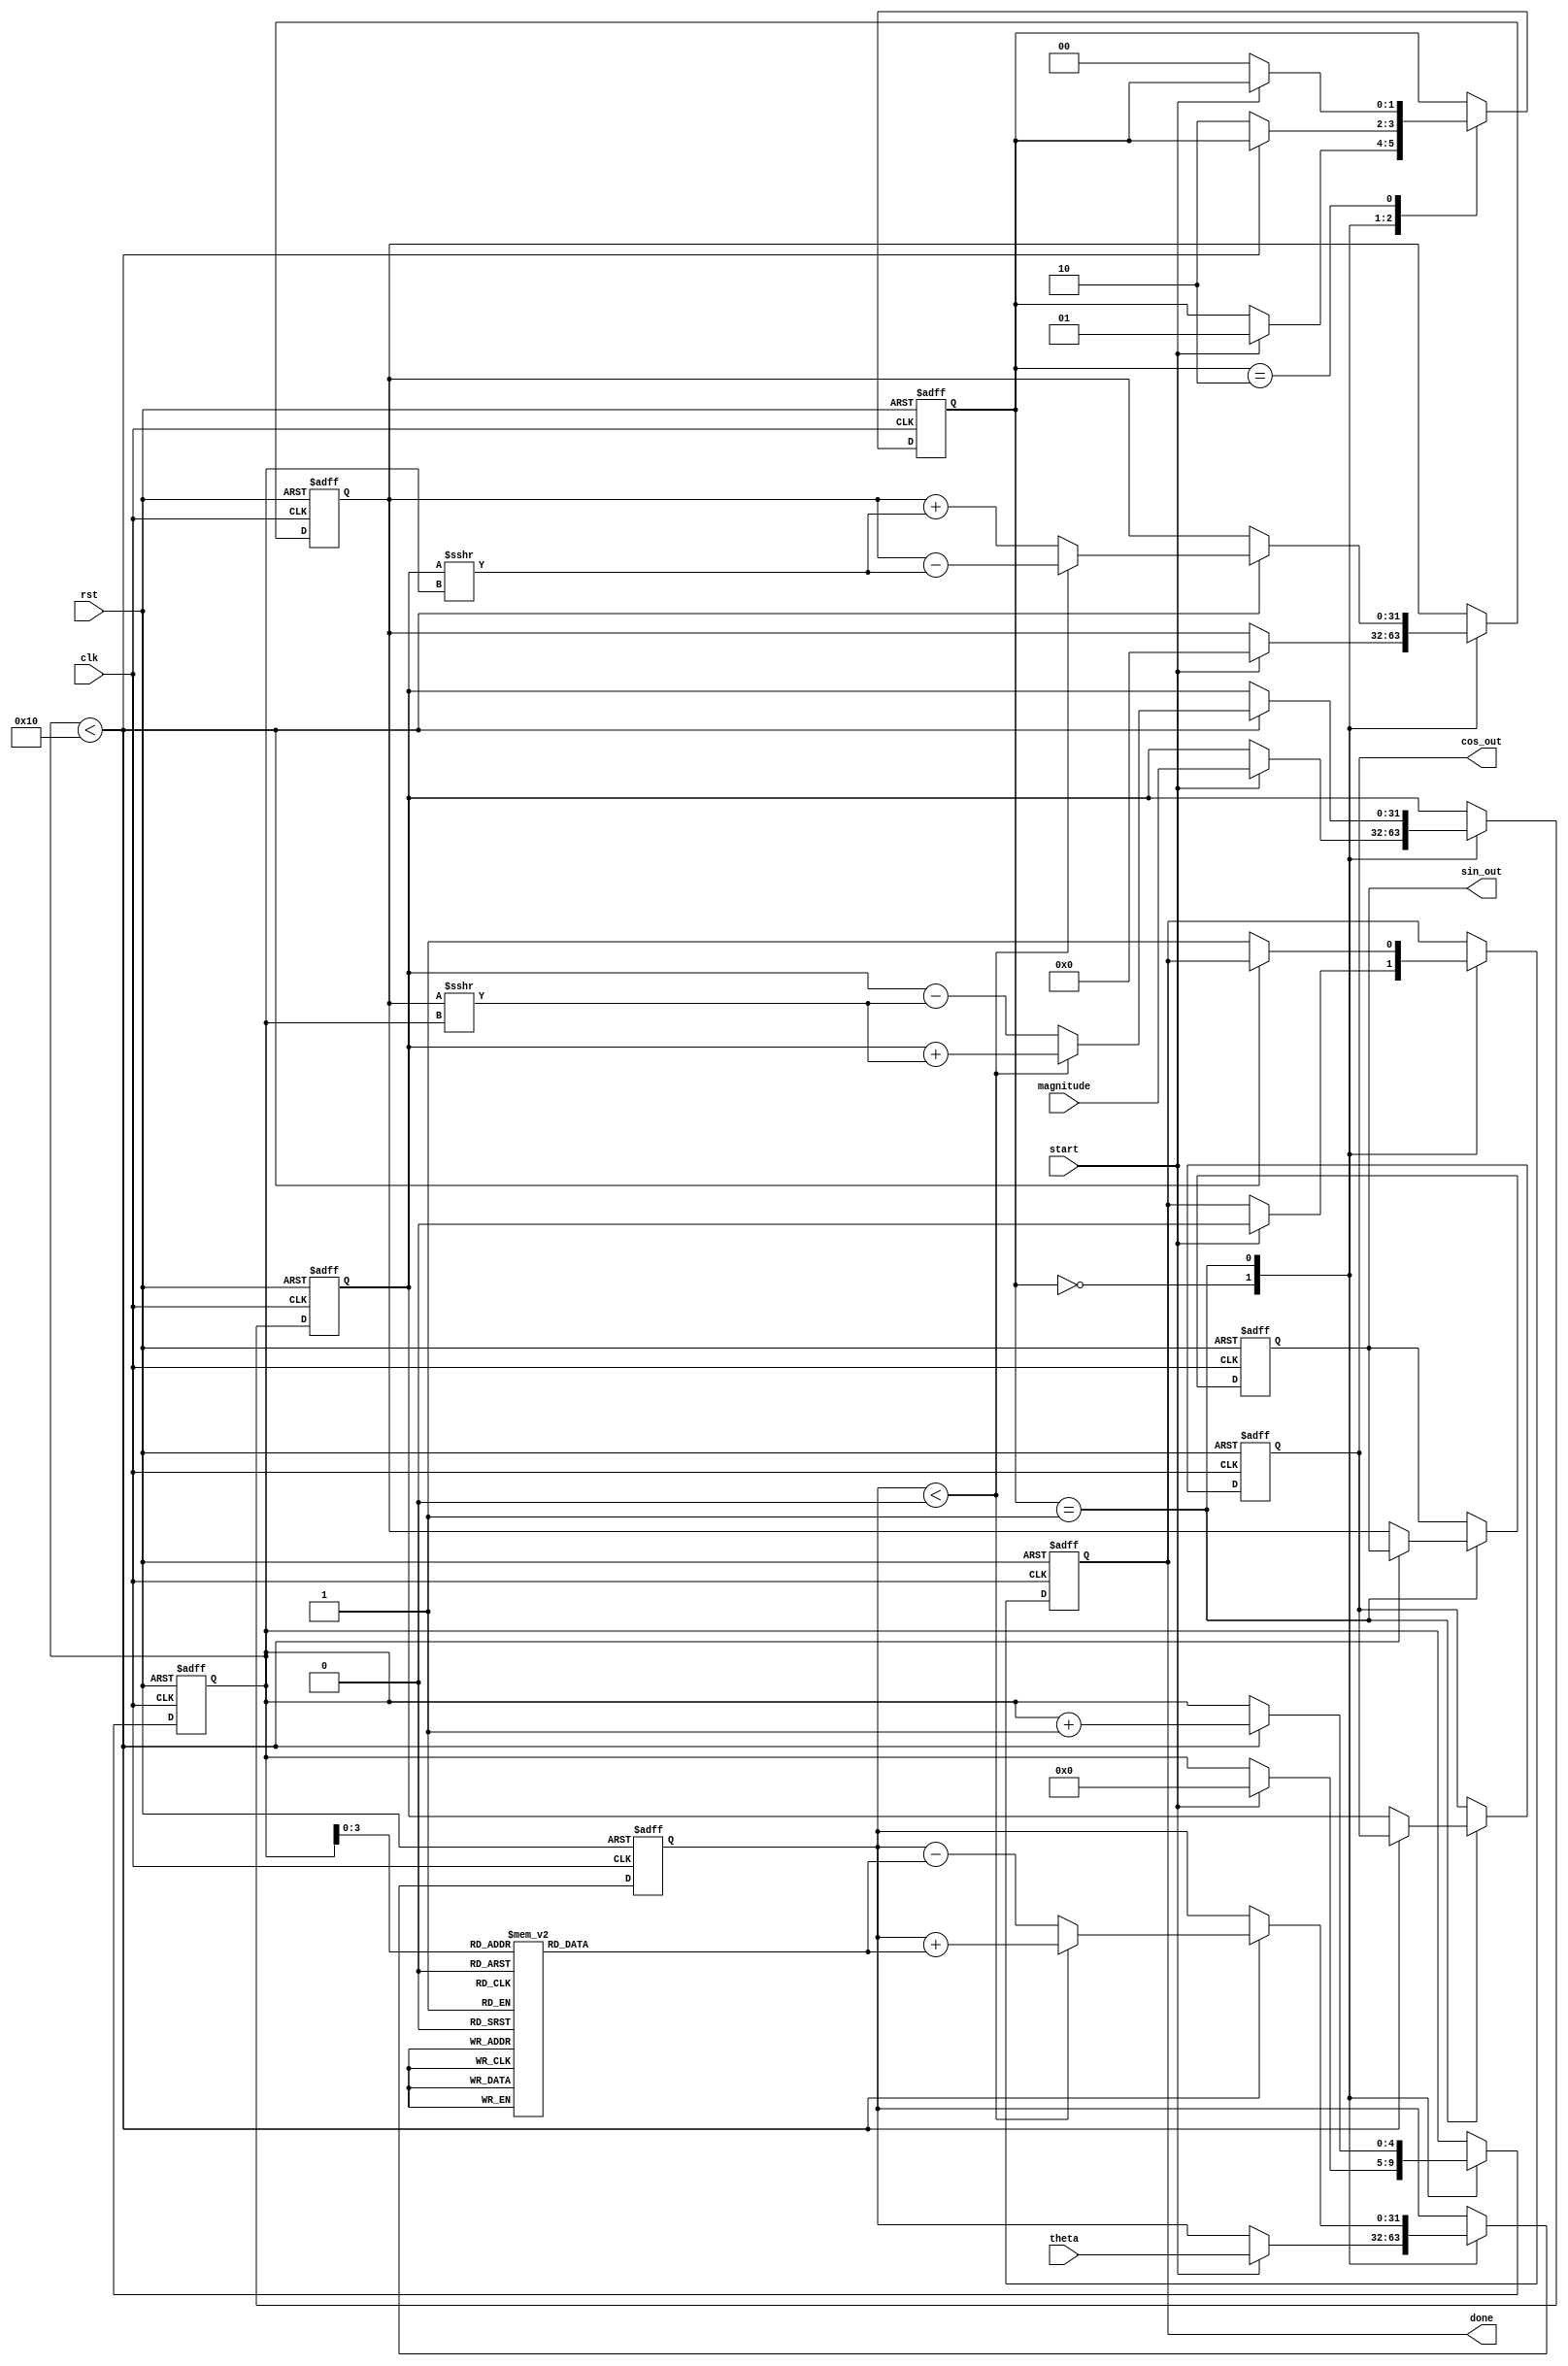
module Adaptive_CORDIC #(
    parameter DATA_WIDTH = 32,      // Width of the input/output data
    parameter ITERATIONS = 16        // Number of iterations for CORDIC
) (
    input wire clk,
    input wire rst,
    input wire [DATA_WIDTH-1:0] theta, // Input angle (in radians)
    input wire [DATA_WIDTH-1:0] magnitude, // Input magnitude
    input wire start,
    output reg [DATA_WIDTH-1:0] cos_out, // Output cosine
    output reg [DATA_WIDTH-1:0] sin_out, // Output sine
    output reg done
);

reg [DATA_WIDTH-1:0] x, y, z; // CORDIC variables
reg [4:0] iteration_count; // Current iteration count
reg [DATA_WIDTH-1:0] atan_lut [0:ITERATIONS-1]; // Lookup table for atan values
reg [1:0] state; // State machine state
localparam IDLE = 2'b00, PROCESS = 2'b01, DONE = 2'b10;

// Initialize the atan lookup table
initial begin
    // Populate atan_lut with predefined values (in fixed-point)
    // Example: atan(2^-i) for i = 0 to ITERATIONS-1
    atan_lut[0] = 32'h00000000; // atan(1) = 0
    atan_lut[1] = 32'h00000020; // atan(0.5)
    atan_lut[2] = 32'h00000030; // atan(0.333...)
    // ... Fill with other values as necessary ...
end

// State Machine
always @(posedge clk or posedge rst) begin
    if (rst) begin
        x <= 0;
        y <= 0;
        z <= 0;
        iteration_count <= 0;
        state <= IDLE;
        done <= 0;
        cos_out <= 0;
        sin_out <= 0;
    end else begin
        case (state)
            IDLE: begin
                if (start) begin
                    x <= magnitude; // Initialize x with the input magnitude
                    y <= 0; // Initialize y
                    z <= theta; // Initialize z with the input angle
                    iteration_count <= 0; // Reset iteration count
                    state <= PROCESS; // Move to PROCESS state
                    done <= 0;
                end
            end
            PROCESS: begin
                if (iteration_count < ITERATIONS) begin
                    // CORDIC rotation logic
                    if (z < 0) begin
                        x <= x + (y >>> iteration_count);
                        y <= y - (x >>> iteration_count);
                        z <= z + atan_lut[iteration_count];
                    end else begin
                        x <= x - (y >>> iteration_count);
                        y <= y + (x >>> iteration_count);
                        z <= z - atan_lut[iteration_count];
                    end
                    iteration_count <= iteration_count + 1; // Increment iteration count
                end else begin
                    // Final output
                    cos_out <= x;
                    sin_out <= y;
                    done <= 1;
                    state <= DONE; // Transition to DONE state
                end
            end
            DONE: begin
                if (!start) begin
                    state <= IDLE; // Return to IDLE state on new start signal
                end
            end
        endcase
    end
end

endmodule